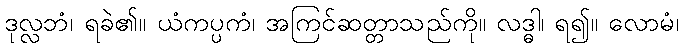
ဒုလ္လဘံ၊ ရခဲ၏။ ယံကပ္ပကံ၊ အကြင်ဆတ္တာသည်ကို။ လဒ္ဓါ၊ ရ၍။ လောမံ၊